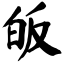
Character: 皈